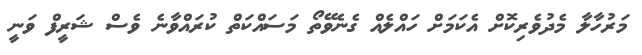
މަރުހާލާ މެދުވެރިކޮށް އެކަމަށް ހައްލެއް ގެނެވޭތޯ މަސައްކަތް ކުރައްވާނެ ވެސް ޝަރީފް ވަނީ